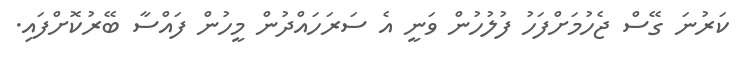
ކަރުނަ ގޭސް ޖެހުމަށްފަހު ފުލުހުން ވަނީ އެ ސަރަހައްދުން މީހުން ފައްސާ ބޭރުކޮށްފައި.